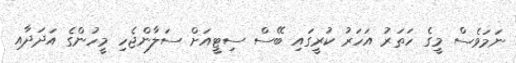
ނަމަވެސް މީގެ ހަތަރު އަހަރު ކުރީގައި ބޭސް ސިޓީއަށް ސަލާންޖެހި މީހުންގެ އަދަދާއި